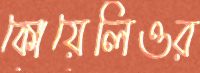
কোয়েলিওর